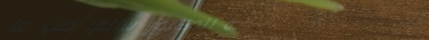
عيادة الدكتور سالم: طب عا